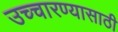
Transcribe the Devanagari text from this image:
उच्चारण्यासाठी